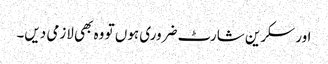
اور سکرین شارٹ ضروری ہوں تو وہ بھی لازمی دیں۔